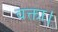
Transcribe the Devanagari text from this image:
वक्ता।